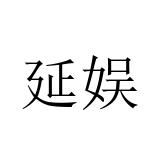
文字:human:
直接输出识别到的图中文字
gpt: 延娱